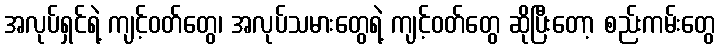
အလုပ်ရှင်ရဲ့ ကျင့်ဝတ်တွေ၊ အလုပ်သမားတွေရဲ့ ကျင့်ဝတ်တွေ ဆိုပြီးတော့ စည်းကမ်းတွေ